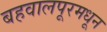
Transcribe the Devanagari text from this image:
बहवालपूरमधून